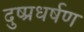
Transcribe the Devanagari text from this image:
दुष्प्रधर्षण